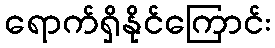
ရောက်ရှိနိုင်ကြောင်း